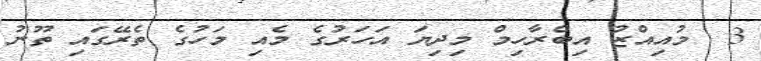
3  މުއިއްޒު އިބްރާހިމް މިދިޔަ އަހަރުގެ މެއި މަހުގެ ތެރޭގައި ތޫނު